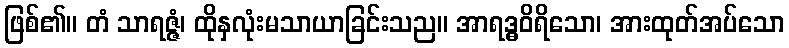
ဖြစ်၏။ တံ သာရဇ္ဇံ၊ ထိုနှလုံးမသာယာခြင်းသည။ အာရဒ္ဓဝိရိသော၊ အားထုတ်အပ်သော